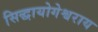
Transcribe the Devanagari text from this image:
सिद्धायोगेश्वराय